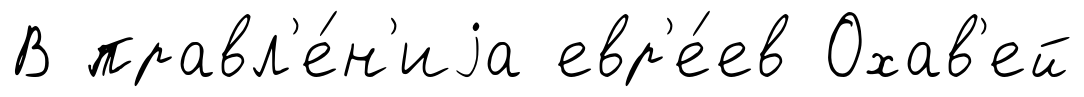
В правл'е́н'иjа евр'е́ев Охав'ей